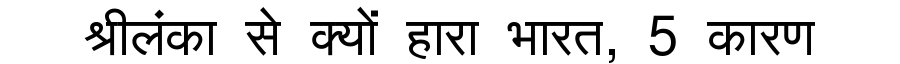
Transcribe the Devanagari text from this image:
श्रीलंका से क्यों हारा भारत, 5 कारण